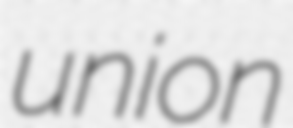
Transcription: union